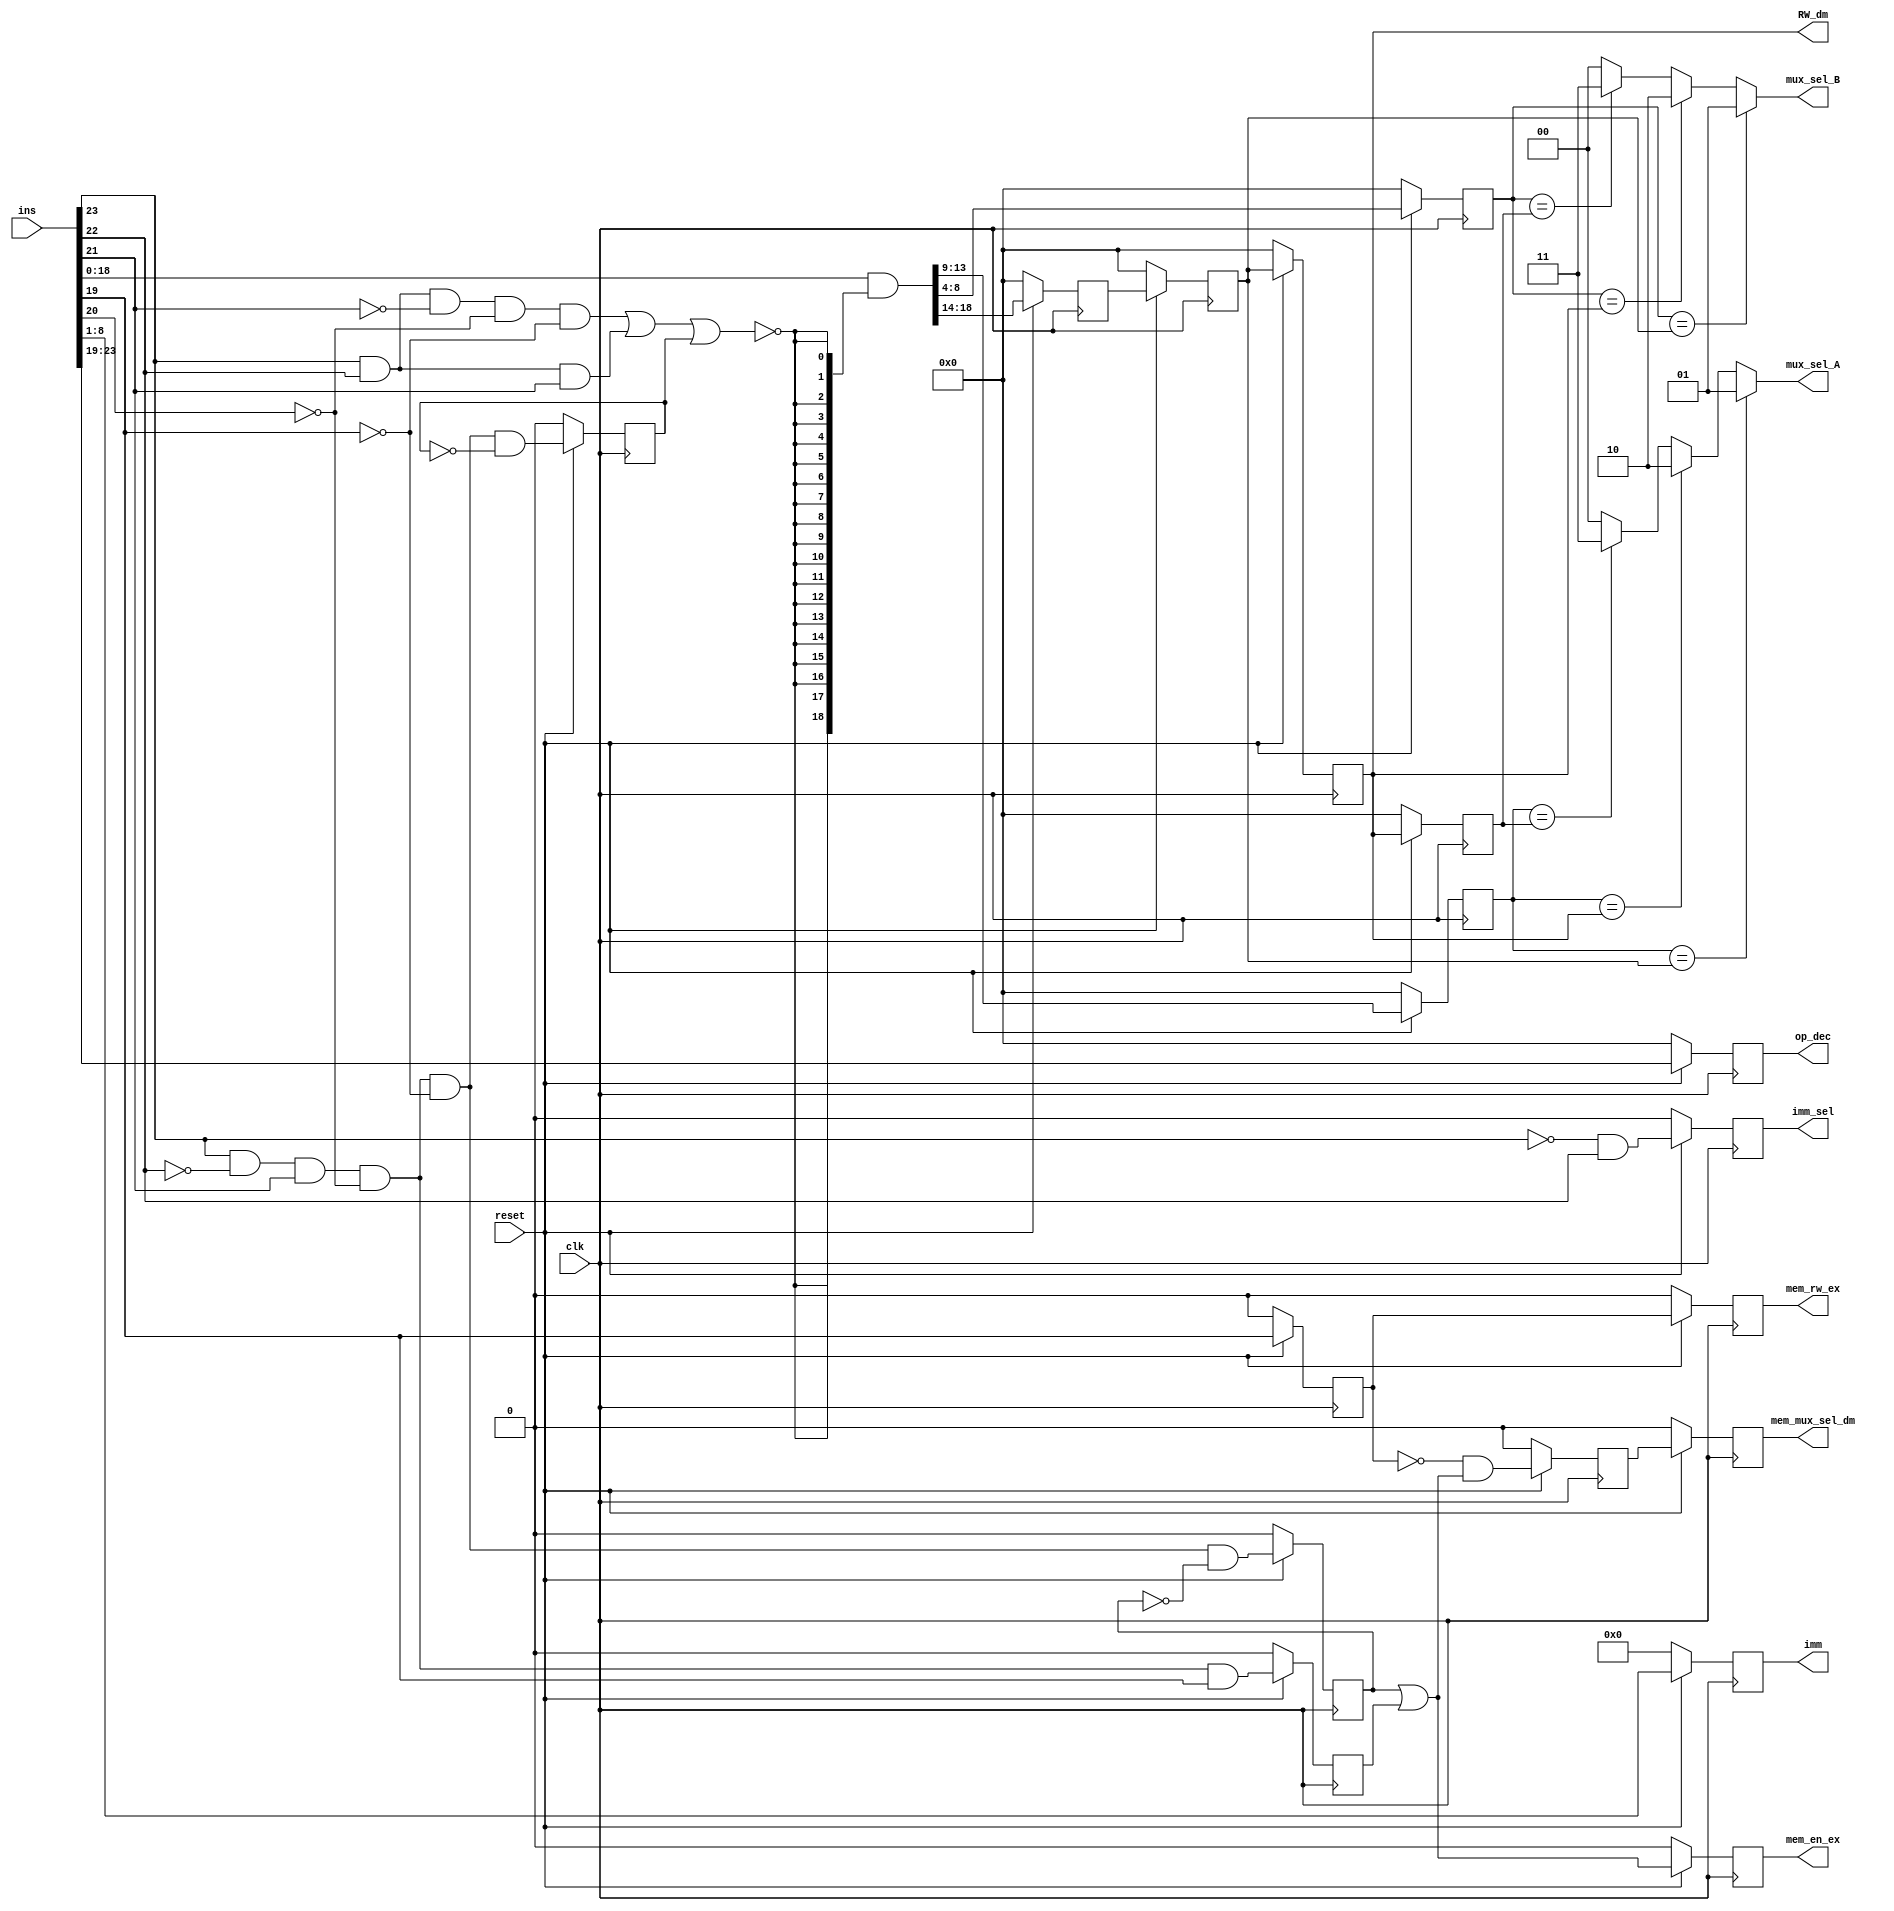
`timescale 1ns / 1ps
//////////////////////////////////////////////////////////////////////////////////
// Company: 
// Engineer: 
// 
// Design Name: 
// Module Name:    Dependency_Check_Block 
// Project Name: 
// Target Devices: 
// Tool versions: 
// Description: 
//
// Dependencies: 
//
// Revision: 
// Revision 0.01 - File Created
// Additional Comments: 
//
//////////////////////////////////////////////////////////////////////////////////
module Dependency_Check_Block(imm, RW_dm, op_dec, mux_sel_A, mux_sel_B, imm_sel, mem_en_ex, mem_rw_ex, mem_mux_sel_dm, ins, clk, reset);

//////////////////////////////////////////////////Declarations/////////////////////////////////////////////////////////////////////////////////
	input [23:0] ins;
	input clk, reset;
	output reg [7:0] imm;
	output reg [4:0] RW_dm, op_dec;
	output [1:0] mux_sel_A, mux_sel_B;
	output imm_sel, mem_en_ex, mem_rw_ex, mem_mux_sel_dm;
	wire [5:0] op_dec_rst;
	wire JMP, Cond_J;
	wire [18:0] nJCL, flag, ins_tmp;
	wire mask;
	wire [4:0] RA, RB, RW;
	wire imm_flag, LD_flag, ST_flag, mem_rw;
	reg [4:0] RA_dec, RB_dec, RW_dec, RW_ex, RW_wb;
	reg LD1, LD_dec, mem_rw_dec, mem_mux_sel_ex, ST_dec, imm_sel, mem_rw_ex, mem_en_ex, mem_mux_sel_dm;
	wire LD1_rst, imm_flag_rst, LD_dec_rst, ST_dec_rst, mem_rw_dec_rst, mem_rw_ex_rst, mem_mux_sel_ex_rst, mem_en_ex_rst, mem_mux_sel_dm_rst;
	wire [4:0] RA_rst, RB_rst, RW_rst, RW_dec_rst, RW_ex_rst, RW_dm_rst;
	wire [7:0] imm_rst;
//////////////////////////////////////////////////////////////////////////////////////////////////////////////////////////////////////////////////

//////////////////////////////////////////////////////Combinational Logic////////////////////////////////////////////////////////////////////////////////	
	assign JMP = ins[23] & ins[22] & ~ins[21] & ~ins[20] & ~ins[19];	// Checking opcode of JMP
	assign Cond_J = ins[23] & ins[22] & ins[21]; // Checking opcode of Conditional Jump
	assign mask = ~(JMP | Cond_J | LD1); // Checking if the opcode does not correspond to JMP, Cond_J or LD1
	assign nJCL = {mask, mask, mask, mask, mask, mask, mask, mask, mask, mask, mask, mask, mask, mask, mask, mask, mask, mask, mask};
	assign flag = ins[18:0] & nJCL; // Masking the read and write operand addresses
	
	assign ins_tmp = ins[18:0] & nJCL;
	assign RW = ins_tmp[18:14];	// RW (Write/Destination)
	assign RA = ins_tmp[13:9]; // RA (Operand A's Register)
	assign RB = ins_tmp[8:4]; // RB (Operand B's Register)
	
	// Encoding based on priority
	assign mux_sel_A = (RA_dec == RW_ex) ? 2'b01 : (RA_dec == RW_dm) ? 2'b10 : (RA_dec == RW_wb) ? 2'b11 : 2'b00;
	assign mux_sel_B = (RB_dec == RW_ex) ? 2'b01 : (RB_dec == RW_dm) ? 2'b10 : (RB_dec == RW_wb) ? 2'b11 : 2'b00;
	
	// Checking opcode for imm
	assign imm_flag = ~ins[23] & ins[22];
	
	assign mem_rw = ins[19];
	assign LD_flag = ins[23] & ~ins[22] & ins[21] & ~ins[20] & ~ins[19];	// Load opcode
	assign ST_flag = ins[23] & ~ins[22] & ins[21] & ~ins[20] & ins[19]; // Store opcode
	
	// If reset is 0, all the values to be scanned at the next positive clock edge are set to 0
	assign LD1_rst = (reset == 1'b0) ? 1'b0 : ins[23] & ~ins[22] & ins[21] & ~ins[20] & ~ins[19] & ~LD1;
	assign RA_rst = (reset == 1'b0) ? 5'b0_0000 : RA;
	assign RB_rst = (reset == 1'b0) ? 5'b0_0000 : RB;
	assign RW_rst = (reset == 1'b0) ? 5'b0_0000 : RW;
	assign RW_dec_rst = (reset == 1'b0) ? 5'b0_0000 : RW_dec;
	assign RW_ex_rst = (reset == 1'b0) ? 5'b0_0000 : RW_ex;
	assign RW_dm_rst = (reset == 1'b0) ? 5'b0_0000 : RW_dm;
	assign imm_flag_rst = (reset == 1'b0) ? 1'b0 : imm_flag;
	assign imm_rst = (reset == 1'b0) ? 8'b0000_0000 : ins[8:1];
	assign LD_dec_rst = (reset == 1'b0) ? 1'b0 : LD_flag & ~LD_dec;
	assign ST_dec_rst = (reset == 1'b0) ? 1'b0 : ST_flag;
	assign op_dec_rst = (reset == 1'b0) ? 5'b0_0000 : ins[23:19];
	assign mem_rw_dec_rst = (reset == 1'b0) ? 1'b0 : ins[19];
	assign mem_rw_ex_rst = (reset == 1'b0) ? 1'b0 : mem_rw_dec;
	assign mem_mux_sel_ex_rst = (reset == 1'b0) ? 1'b0 : ~mem_rw_dec & (LD_dec | ST_dec);
	assign mem_en_ex_rst = (reset == 1'b0) ? 1'b0 : LD_dec | ST_dec;
	assign mem_mux_sel_dm_rst = (reset == 1'b0) ? 1'b0 : mem_mux_sel_ex;
//////////////////////////////////////////////////////////////////////////////////////////////////////////////////////////////////////////////////

///////////////////////////////////////////////////Sequential Logic///////////////////////////////////////////////////////////////////////////////////////////////
	always @ (posedge clk) // Scanning all values at the next positive clock edge, with reset already taken into account
	begin
		op_dec <= op_dec_rst;
		LD1 <= LD1_rst;
		RA_dec <= RA_rst;
		RB_dec <= RB_rst;
		RW_dec <= RW_rst;
		RW_ex <= RW_dec_rst;
		RW_dm <= RW_ex_rst;
		RW_wb <= RW_dm_rst;
		imm_sel <= imm_flag_rst;
		imm <= imm_rst;
		LD_dec <= LD_dec_rst;
		ST_dec <= ST_dec_rst;
		mem_rw_dec <= mem_rw_dec_rst;
		mem_rw_ex <= mem_rw_ex_rst;
		mem_mux_sel_ex <= mem_mux_sel_ex_rst;
		mem_en_ex <= mem_en_ex_rst;
		mem_mux_sel_dm <= mem_mux_sel_dm_rst;
		
	end
//////////////////////////////////////////////////////////////////////////////////////////////////////////////////////////////////////////////////
endmodule